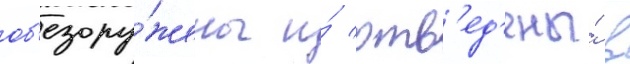
об'езору́жены и́ отв'ед'ены́ в